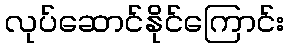
လုပ်ဆောင်နိုင်ကြောင်း